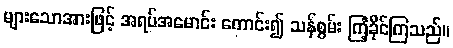
များသောအားဖြင့် အရပ်အမောင်း ကောင်း၍ သန်စွမ်း ကြံ့ခိုင်ကြသည်။